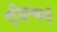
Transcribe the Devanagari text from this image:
एडिन्बर्घ